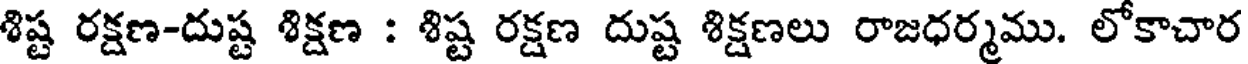
శిష్ట రక్షణ-దుష్ట శిక్షణ : శిష్ట రక్షణ దుష్ట శిక్షణలు రాజధర్మము. లోకాచార